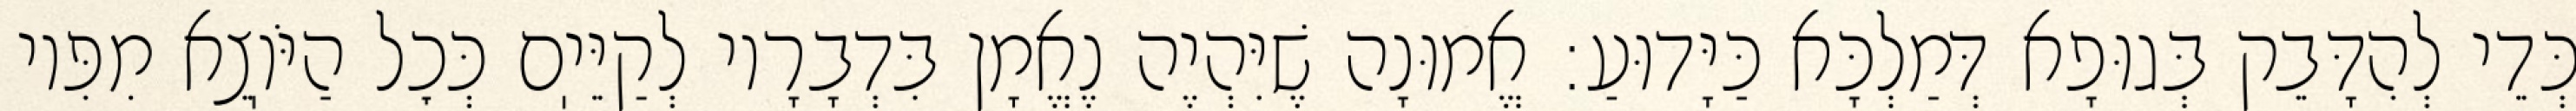
כְּדֵי לְהִדָּבֵק בְּגוּפָא דְּמַלְכָּא כַּיָּדוּעַ: אֱמוּנָה שֶׁיִּהְיֶה נֶאֱמָן בִּדְבָרָיו לְקַיֵּיֽם כְּכׇל הַיֹּוֽצֵא מִפִּיו